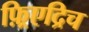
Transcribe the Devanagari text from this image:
फ़्रिएद्रिच